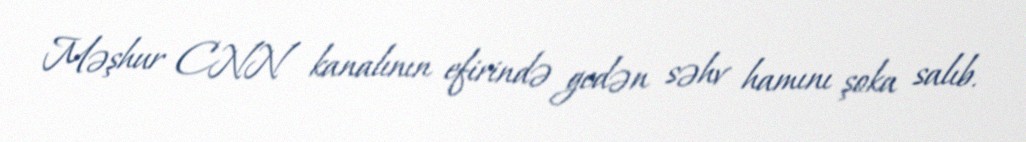
Məşhur CNN kanalının efirində gedən səhv hamını şoka salıb.